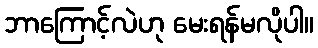
ဘာကြောင့်လဲဟု မေးရန်မလိုပါ။